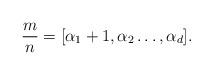
LaTeX: \begin{align*} \frac{m}{n}=[\alpha_1+1,\alpha_2\ldots,\alpha_d].\end{align*}